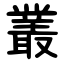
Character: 叢